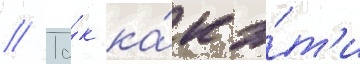
// Та́к ка́к э́т'и